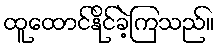
ထူထောင်နိုင်ခဲ့ကြသည်။